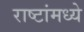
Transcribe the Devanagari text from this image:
राष्टांमध्ये